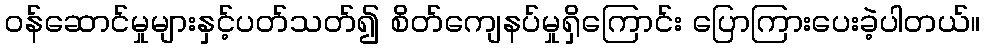
ဝန်ဆောင်မှုများနှင့်ပတ်သတ်၍ စိတ်ကျေနပ်မှုရှိကြောင်း ပြောကြားပေးခဲ့ပါတယ်။